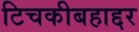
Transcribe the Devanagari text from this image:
टिचकीबहाद्दर